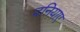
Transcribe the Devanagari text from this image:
दनियाए